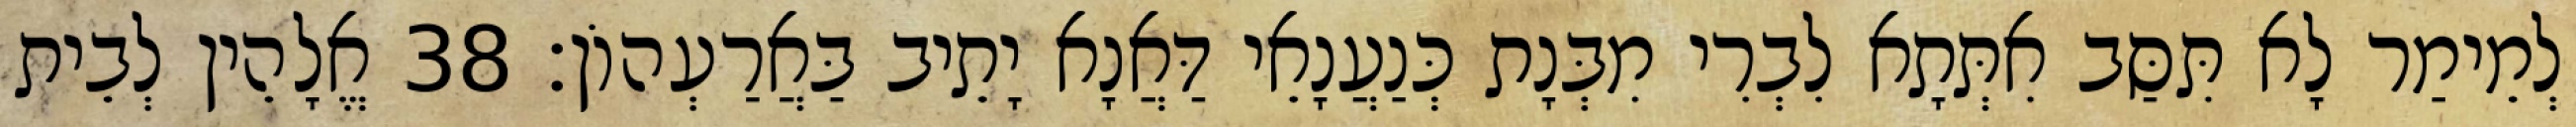
לְמֵימַר לָא תִּסַּב אִתְּתָא לִבְרִי מִבְּנָת כְּנַעֲנָאֵי דַּאֲנָא יָתֵיב בַּאֲרַעְהוֹן׃ 38 אֱלָהֵין לְבֵית